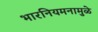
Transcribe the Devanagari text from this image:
भारनियमनामुळे